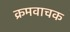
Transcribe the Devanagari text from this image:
क्रमवाचक